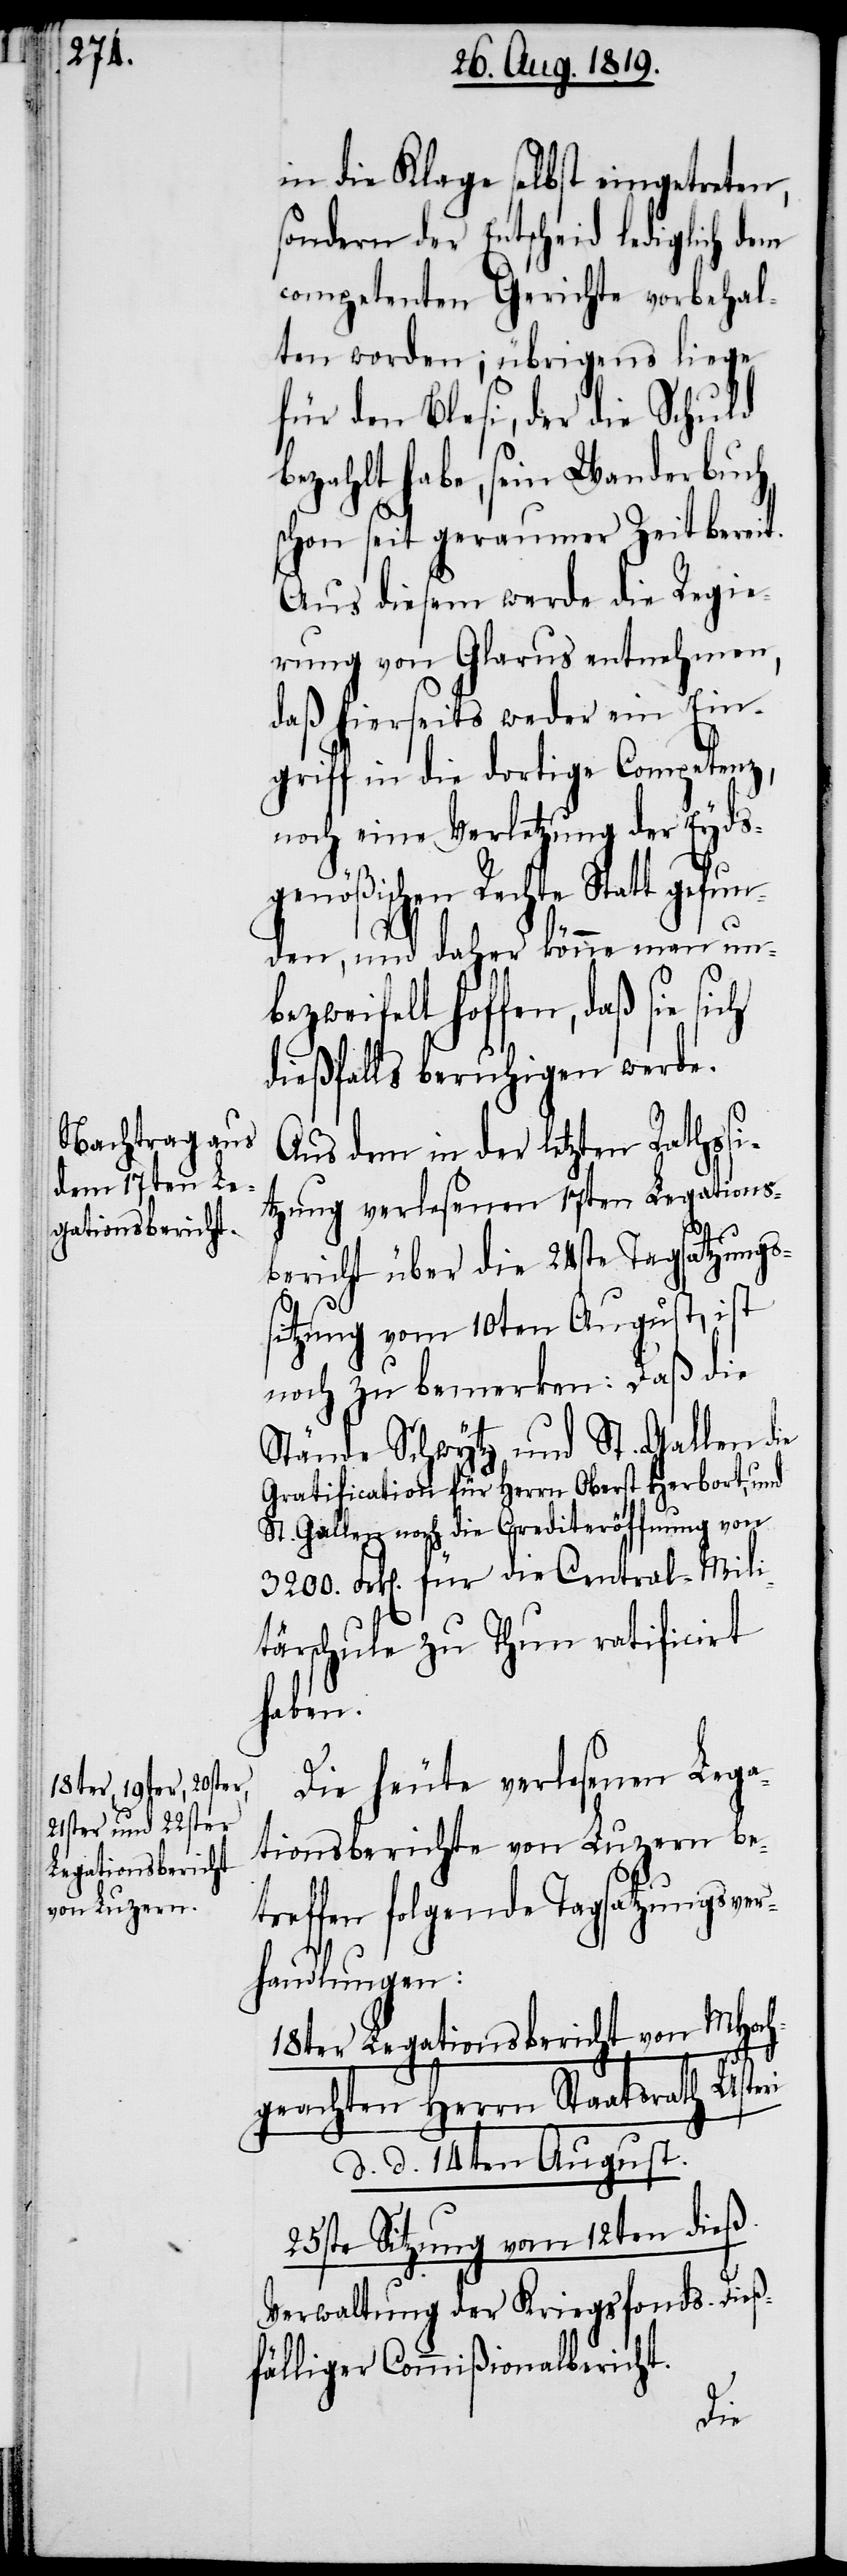
in die Klage selbst eingetreten,
sondern der Entscheid lediglich dem
competenten Gerichte vorbehal¬
ten worden; übrigens liege
für den Blesi, der die Schuld
bezahlt habe, sein Wanderbuch
schon seit geraumer Zeit bereit.
Aus diesem werde die Regie¬
rung von Glarus entnehmen,
daß hierseits weder ein Ein¬
griff in die dortige Competenz,
noch eine Verletzung der Eyds¬
genößischen Rechte Statt gefun¬
den, und daher könne man un¬
bezweifelt hoffen, daß sie
dießfalls beruhigen werden.
Aus dem in der letzten Rathssi¬
tzung verlesenen 17ten Legations¬
bericht über die 24ste Tagsatzungs¬
sitzung vom 10ten August, ist
noch zu bemerken: Daß die
Stände Schwytz und St. Gallen die
Gratification für Herrn Oberst Herbort, und
St. Gallen noch die Crediteröffnung von
3200. Frk[en]. für die Central-Mili¬
tärschule zu Thun ratificirt
haben.
Die heute verlesenen Lega¬
tionsberichte von Luzern be¬
treffen folgende Tagsatzungsver¬
handlungen:
18ter Legationsbericht von MHoch¬
Usteri
geachten Herrn Staatsrath
d. d. 14ten August.
25ste Sitzung vom 12ten dieß.
Verwaltung der Kriegsfonds. Dieß¬
fälliger Commißionalbericht.